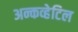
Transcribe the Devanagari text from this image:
अन्कव्हेटिल